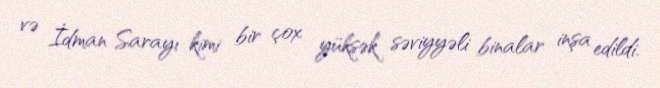
və İdman Sarayı kimi bir çox yüksək səviyyəli binalar inşa edildi.